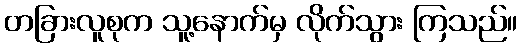
တခြားလူစုက သူ့နောက်မှ လိုက်သွား ကြသည်။